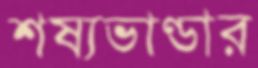
শষ্যভাণ্ডার